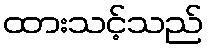
ထားသင့်သည်